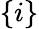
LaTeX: \left\{ i\right\}